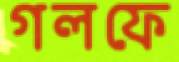
গলফে